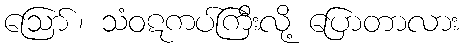
ဪ၊ သံဝဋကပ်ကြီးလို့ ပြောတာလား